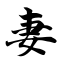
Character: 妻